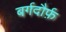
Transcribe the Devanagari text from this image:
बर्गदौर्फ़